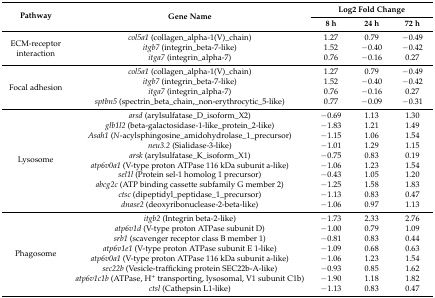
<table><thead><tr><td rowspan="2"><b>Pathway</b></td><td rowspan="2"><b>Gene Name</b></td><td colspan="3"><b>Log2 Fold Change</b></td></tr><tr><td><b>8 h</b></td><td><b>24 h</b></td><td><b>72 h</b></td></tr></thead><tbody><tr><td rowspan="3">ECM-receptor interaction</td><td><i>col5a1</i> (collagen_alpha-1(V)_chain)</td><td>1.27</td><td>0.79</td><td>−0.49</td></tr><tr><td><i>itgb7</i> (integrin_beta-7-like)</td><td>1.52</td><td>−0.40</td><td>−0.42</td></tr><tr><td><i>itga7</i> (integrin_alpha-7)</td><td>0.76</td><td>−0.16</td><td>0.27</td></tr><tr><td rowspan="4">Focal adhesion</td><td><i>col5a1</i> (collagen_alpha-1(V)_chain)</td><td>1.27</td><td>0.79</td><td>−0.49</td></tr><tr><td><i>itgb7</i> (integrin_beta-7-like)</td><td>1.52</td><td>−0.40</td><td>−0.42</td></tr><tr><td><i>itga7</i> (integrin_alpha-7)</td><td>0.76</td><td>−0.16</td><td>0.27</td></tr><tr><td><i>sptbn5</i> (spectrin_beta_chain,_non-erythrocytic_5-like)</td><td>0.77</td><td>−0.09</td><td>−0.31</td></tr><tr><td rowspan="10">Lysosome</td><td><i>arsd</i> (arylsulfatase_D_isoform_X2)</td><td>−0.69 </td><td>1.13 </td><td>1.30 </td></tr><tr><td><i>glb1l2</i> (beta-galactosidase-1-like_protein_2-like)</td><td>−1.83 </td><td>1.21 </td><td>1.49 </td></tr><tr><td><i>Asah1</i> (<i>N</i>-acylsphingosine_amidohydrolase_1_precursor)</td><td>−1.15 </td><td>1.06 </td><td>1.54 </td></tr><tr><td><i>neu3.2</i> (Sialidase-3-like)</td><td>−1.01 </td><td>1.29 </td><td>1.15 </td></tr><tr><td><i>arsk</i> (arylsulfatase_K_isoform_X1)</td><td>−0.75 </td><td>0.83 </td><td>0.19 </td></tr><tr><td><i>atp6v0a1</i> (V-type proton ATPase 116 kDa subunit a-like)</td><td>−1.06 </td><td>1.23 </td><td>1.54 </td></tr><tr><td><i>sel1l</i> (Protein sel-1 homolog 1 precursor)</td><td>−0.43 </td><td>1.05 </td><td>1.20 </td></tr><tr><td><i>abcg2c</i> (ATP binding cassette subfamily G member 2)</td><td>−1.25 </td><td>1.58 </td><td>1.83 </td></tr><tr><td><i>ctsc</i> (dipeptidyl_peptidase_1_precursor)</td><td>−1.13 </td><td>0.83 </td><td>0.47 </td></tr><tr><td><i>dnase2</i> (deoxyribonuclease-2-beta-like)</td><td>−1.06 </td><td>0.97 </td><td>1.13 </td></tr><tr><td rowspan="8">Phagosome</td><td><i>itgb2</i> (Integrin beta-2-like)</td><td>−1.73 </td><td>2.33 </td><td>2.76 </td></tr><tr><td><i>atp6v1d</i> (V-type proton ATPase subunit D)</td><td>−1.00 </td><td>0.79 </td><td>1.09 </td></tr><tr><td><i>srb1</i> (scavenger receptor class B member 1)</td><td>−0.81 </td><td>0.83 </td><td>0.44 </td></tr><tr><td><i>atp6v1e1</i> (V-type proton ATPase subunit E 1-like)</td><td>−1.09 </td><td>0.68 </td><td>0.63 </td></tr><tr><td><i>atp6v0a1</i> (V-type proton ATPase 116 kDa subunit a-like)</td><td>−1.06 </td><td>1.23 </td><td>1.54 </td></tr><tr><td><i>sec22b</i> (Vesicle-trafficking protein SEC22b-A-like)</td><td>−0.93 </td><td>0.85 </td><td>1.62 </td></tr><tr><td><i>atp6v1c1b</i> (ATPase, H<sup>+</sup> transporting, lysosomal, V1 subunit C1b)</td><td>−1.90 </td><td>1.18 </td><td>1.82 </td></tr><tr><td><i>ctsl</i> (Cathepsin L1-like)</td><td>−1.13 </td><td>0.83 </td><td>0.47 </td></tr></tbody></table>